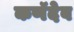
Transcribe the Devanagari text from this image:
कणॅदेव